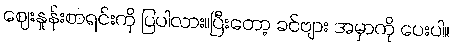
ဈေးနှုန်းစာရင်းကို ပြပါလား။ပြီးတော့ ခင်ဗျား အမှာကို ပေးပါ။